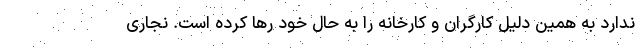
ندارد به همین دلیل کارگران و کارخانه را به حال خود رها کرده است. نجاری